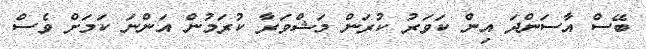
ބޭސް އާސަންދަ އިން ކަވަރު ކުރަން މަޝްވަރާ ކުރަމުން އަންނަ ކަމަށް ވެސް